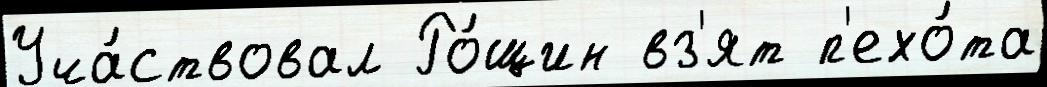
Уча́ствовал Ро́щин вз'ят п'ехо́та